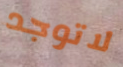
لاتوجد